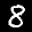
Label: 8